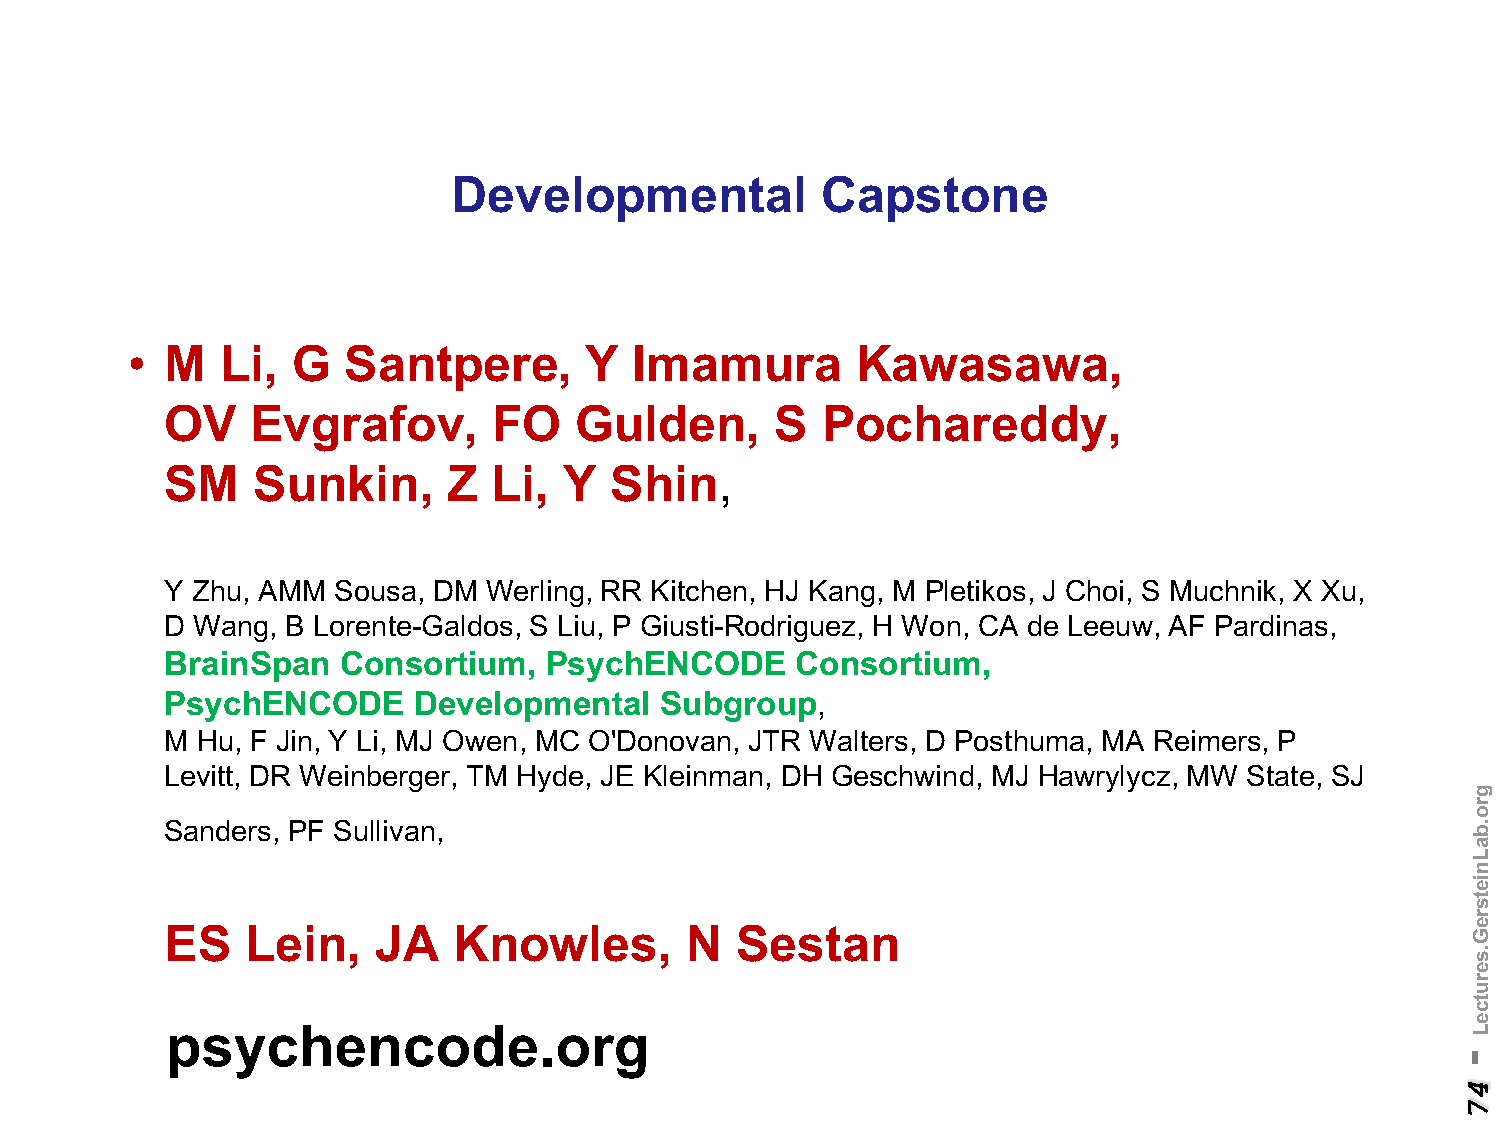
Developmental           Capstone
 •  M   Li, G   Santpere,       Y  Imamura        Kawasawa,
 OV    Evgrafov,       FO   Gulden,      S  Pochareddy,
 SM    Sunkin,      Z  Li, Y  Shin,
 Y Zhu, AMM Sousa, DM Werling, RR Kitchen, HJ Kang, M Pletikos, J Choi, S Muchnik, X Xu,
 D Wang, B Lorente-Galdos, S Liu, P Giusti-Rodriguez, H Won, CA de Leeuw, AF Pardinas,
 BrainSpan   Consortium,  PsychENCODE      Consortium,
 PsychENCODE     Developmental    Subgroup,
 M Hu, F Jin, Y Li, MJ Owen, MC O'Donovan, JTR Walters, D Posthuma, MA Reimers, P
 Levitt, DR Weinberger, TM Hyde, JE Kleinman, DH Geschwind, MJ Hawrylycz, MW State, SJ
 Sanders, PF Sullivan,
 ES   Lein,    JA   Knowles,       N   Sestan
 psychencode.org
 -
 47
 gro.baLnietsreG.serutceL